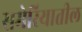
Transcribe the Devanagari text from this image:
समेरियातील